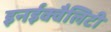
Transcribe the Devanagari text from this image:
इनईक्वैलिटी